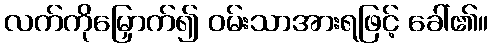
လက်ကိုမြှောက်၍ ဝမ်းသာအားရဖြင့် ခေါ်၏။